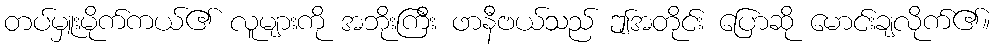
တပ်မှူးမိုက်ကယ်၏ လူများကို အဘိုးကြီး ဖာနီဗယ်သည် ဤအတိုင်း ပြောဆို မောင်းချလိုက်၏။